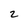
Character: 2